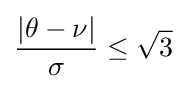
{\frac {|\theta -\nu |}{\sigma }}\leq {\sqrt {3}}